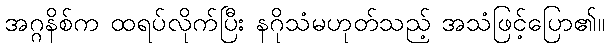
အဂ္ဂနိစ်က ထရပ်လိုက်ပြီး နဂိုသံမဟုတ်သည့် အသံဖြင့်ပြော၏။